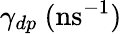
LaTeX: \gamma_{dp}~(\textrm{ns}^{-1})